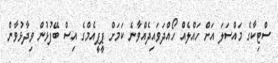
ސްޓިކާގެ މައްސަލަ އަށް ހައްލެއް ހޯއްދަވައިދެއްވާނެ ކަމަށް ޕީޕީއެމްގެ އިސް ބޭފުޅުން ވިދާޅުވާން